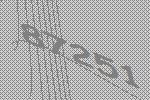
87251